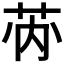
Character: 𱽡